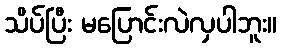
သိပ်ပြီး မပြောင်းလဲလှပါဘူး။